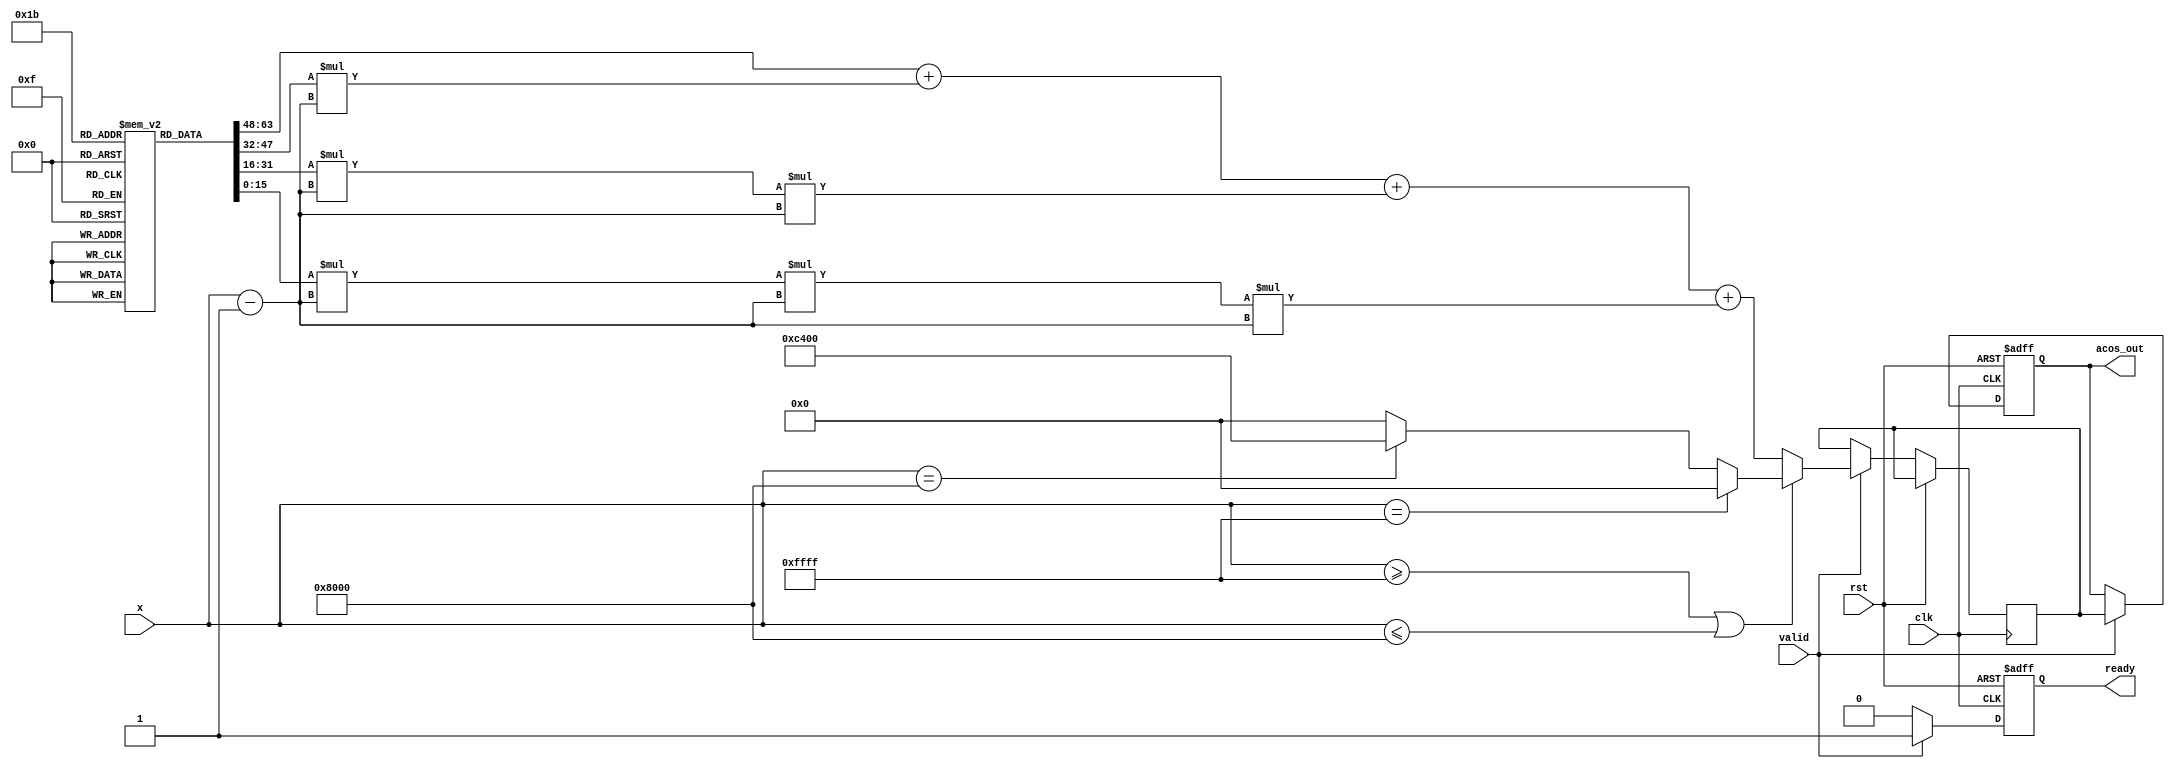
module acos_block #(
    parameter N = 16, // Input width (bits)
    parameter M = 16  // Output width (bits)
)(
    input wire clk,          // Clock signal
    input wire rst,          // Reset signal
    input wire [N-1:0] x,    // Input value in the range [-1, 1]
    input wire valid,        // Input valid signal
    output reg [M-1:0] acos_out, // Output angle in radians
    output reg ready         // Output ready signal
);

    // Internal parameters
    localparam PI = 16'b1100010000000000; // Fixed-point representation of  (approx. 3.14)
    localparam TWO_PI = 16'b1100100000000000; // Fixed-point representation of 2

    // Polynomial coefficients for approximation of acos(x)
    // These coefficients should be determined based on the desired accuracy
    reg [M-1:0] coeff_a [0:3]; // Coefficients for polynomial
    initial begin
        coeff_a[0] = 16'b0000000000000000; // 0
        coeff_a[1] = 16'b0000000111111111; // 1
        coeff_a[2] = 16'b1111111100000000; // -1
        coeff_a[3] = 16'b0000000000000001; // 1 (for x^3 term)
    end

    // Internal signal for the approximation result
    reg [M-1:0] result;

    // Accumulate polynomial terms (naive evaluation)
    always @(posedge clk or posedge rst) begin
        if (rst) begin
            ready <= 0;
            acos_out <= 0;
        end else if (valid) begin
            // Input validation
            if (x >= 16'b1111111111111111 || x <= 16'b1000000000000000) begin
                // Handle edge cases
                if (x == 16'b1111111111111111) begin // x = 1
                    result <= 0;
                end else if (x == 16'b1000000000000000) begin // x = -1
                    result <= PI;
                end else begin
                    result <= 0; // Invalid input handling
                end
            end else begin
                // Polynomial approximation for acos
                // Using a simple polynomial for example; this can be replaced with a more accurate one
                result <= coeff_a[0] + coeff_a[1] * (x - 16'b0000000000000001) + 
                          coeff_a[2] * (x - 16'b0000000000000001) * (x - 16'b0000000000000001) +
                          coeff_a[3] * (x - 16'b0000000000000001) * (x - 16'b0000000000000001) * (x - 16'b0000000000000001);
            end
            
            acos_out <= result;
            ready <= 1;
        end else begin
            ready <= 0; // Not ready if input is not valid
        end
    end
endmodule